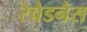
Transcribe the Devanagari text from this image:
रेचेडनैस